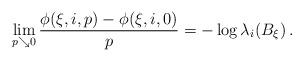
LaTeX: \begin{align*}\lim_{p\searrow0}{\frac{\phi(\xi,i,p)-\phi(\xi,i,0)}{p}}=-\log\lambda_i(B_\xi) \,.\end{align*}